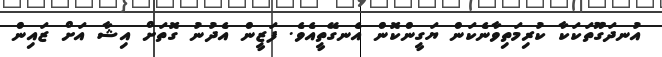
އުނދަގޫތަކަކާ ކުރިމަތިވާނެކަން ޔަގީންކޮން އެނގޭތީއެވެ. ފަޒީން އެދުނު ގޮތަށް އިޝާ އަށް ޒައިން